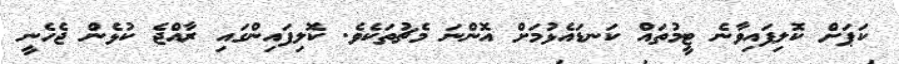
ކަޕަށް ކޮލިފައިވާނެ ޓީމުތައް ކަނޑައެޅުމަށް އޮންނަ މެޗުތަކެވެ. ކޮލިފައިންގައި ރާއްޖެ ކުޅެން ޖެހެނީ